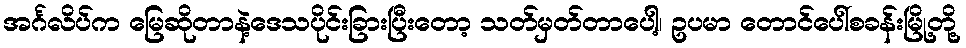
အင်္ဂလိပ်က မြေဆိုတာနဲ့ဒေသပိုင်းခြားပြီးတော့ သတ်မှတ်တာပေါ့၊ ဥပမာ တောင်ပေါ်စခန်းမြို့တို့